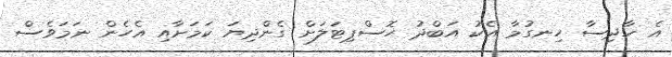
އެ ހާދިސާ ހިނގުމާ އެކު އަބްދު ހޮސްޕިޓަލަށް ގެންދިޔަ ކަމަށާއި އެހެން ނަމަވެސް